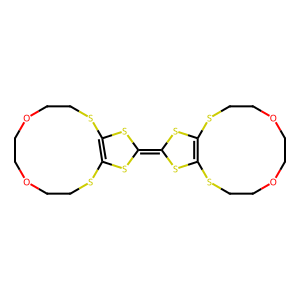
SMILES: C1COCCSC2=C(SCCO1)SC(=C1SC3=C(SCCOCCOCCS3)S1)S2
Inhibits HIV replication: No